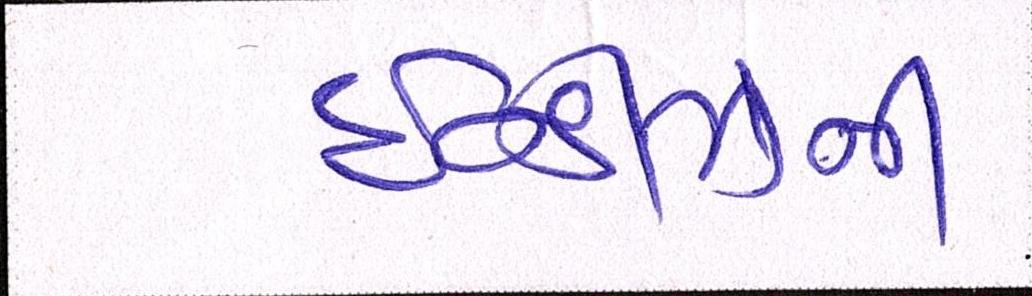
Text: ઇન્ડીઝની